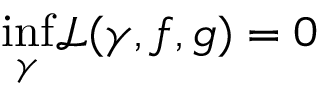
\underset { \gamma } { \operatorname* { i n f } } \mathcal { L } ( \gamma , f , g ) = 0